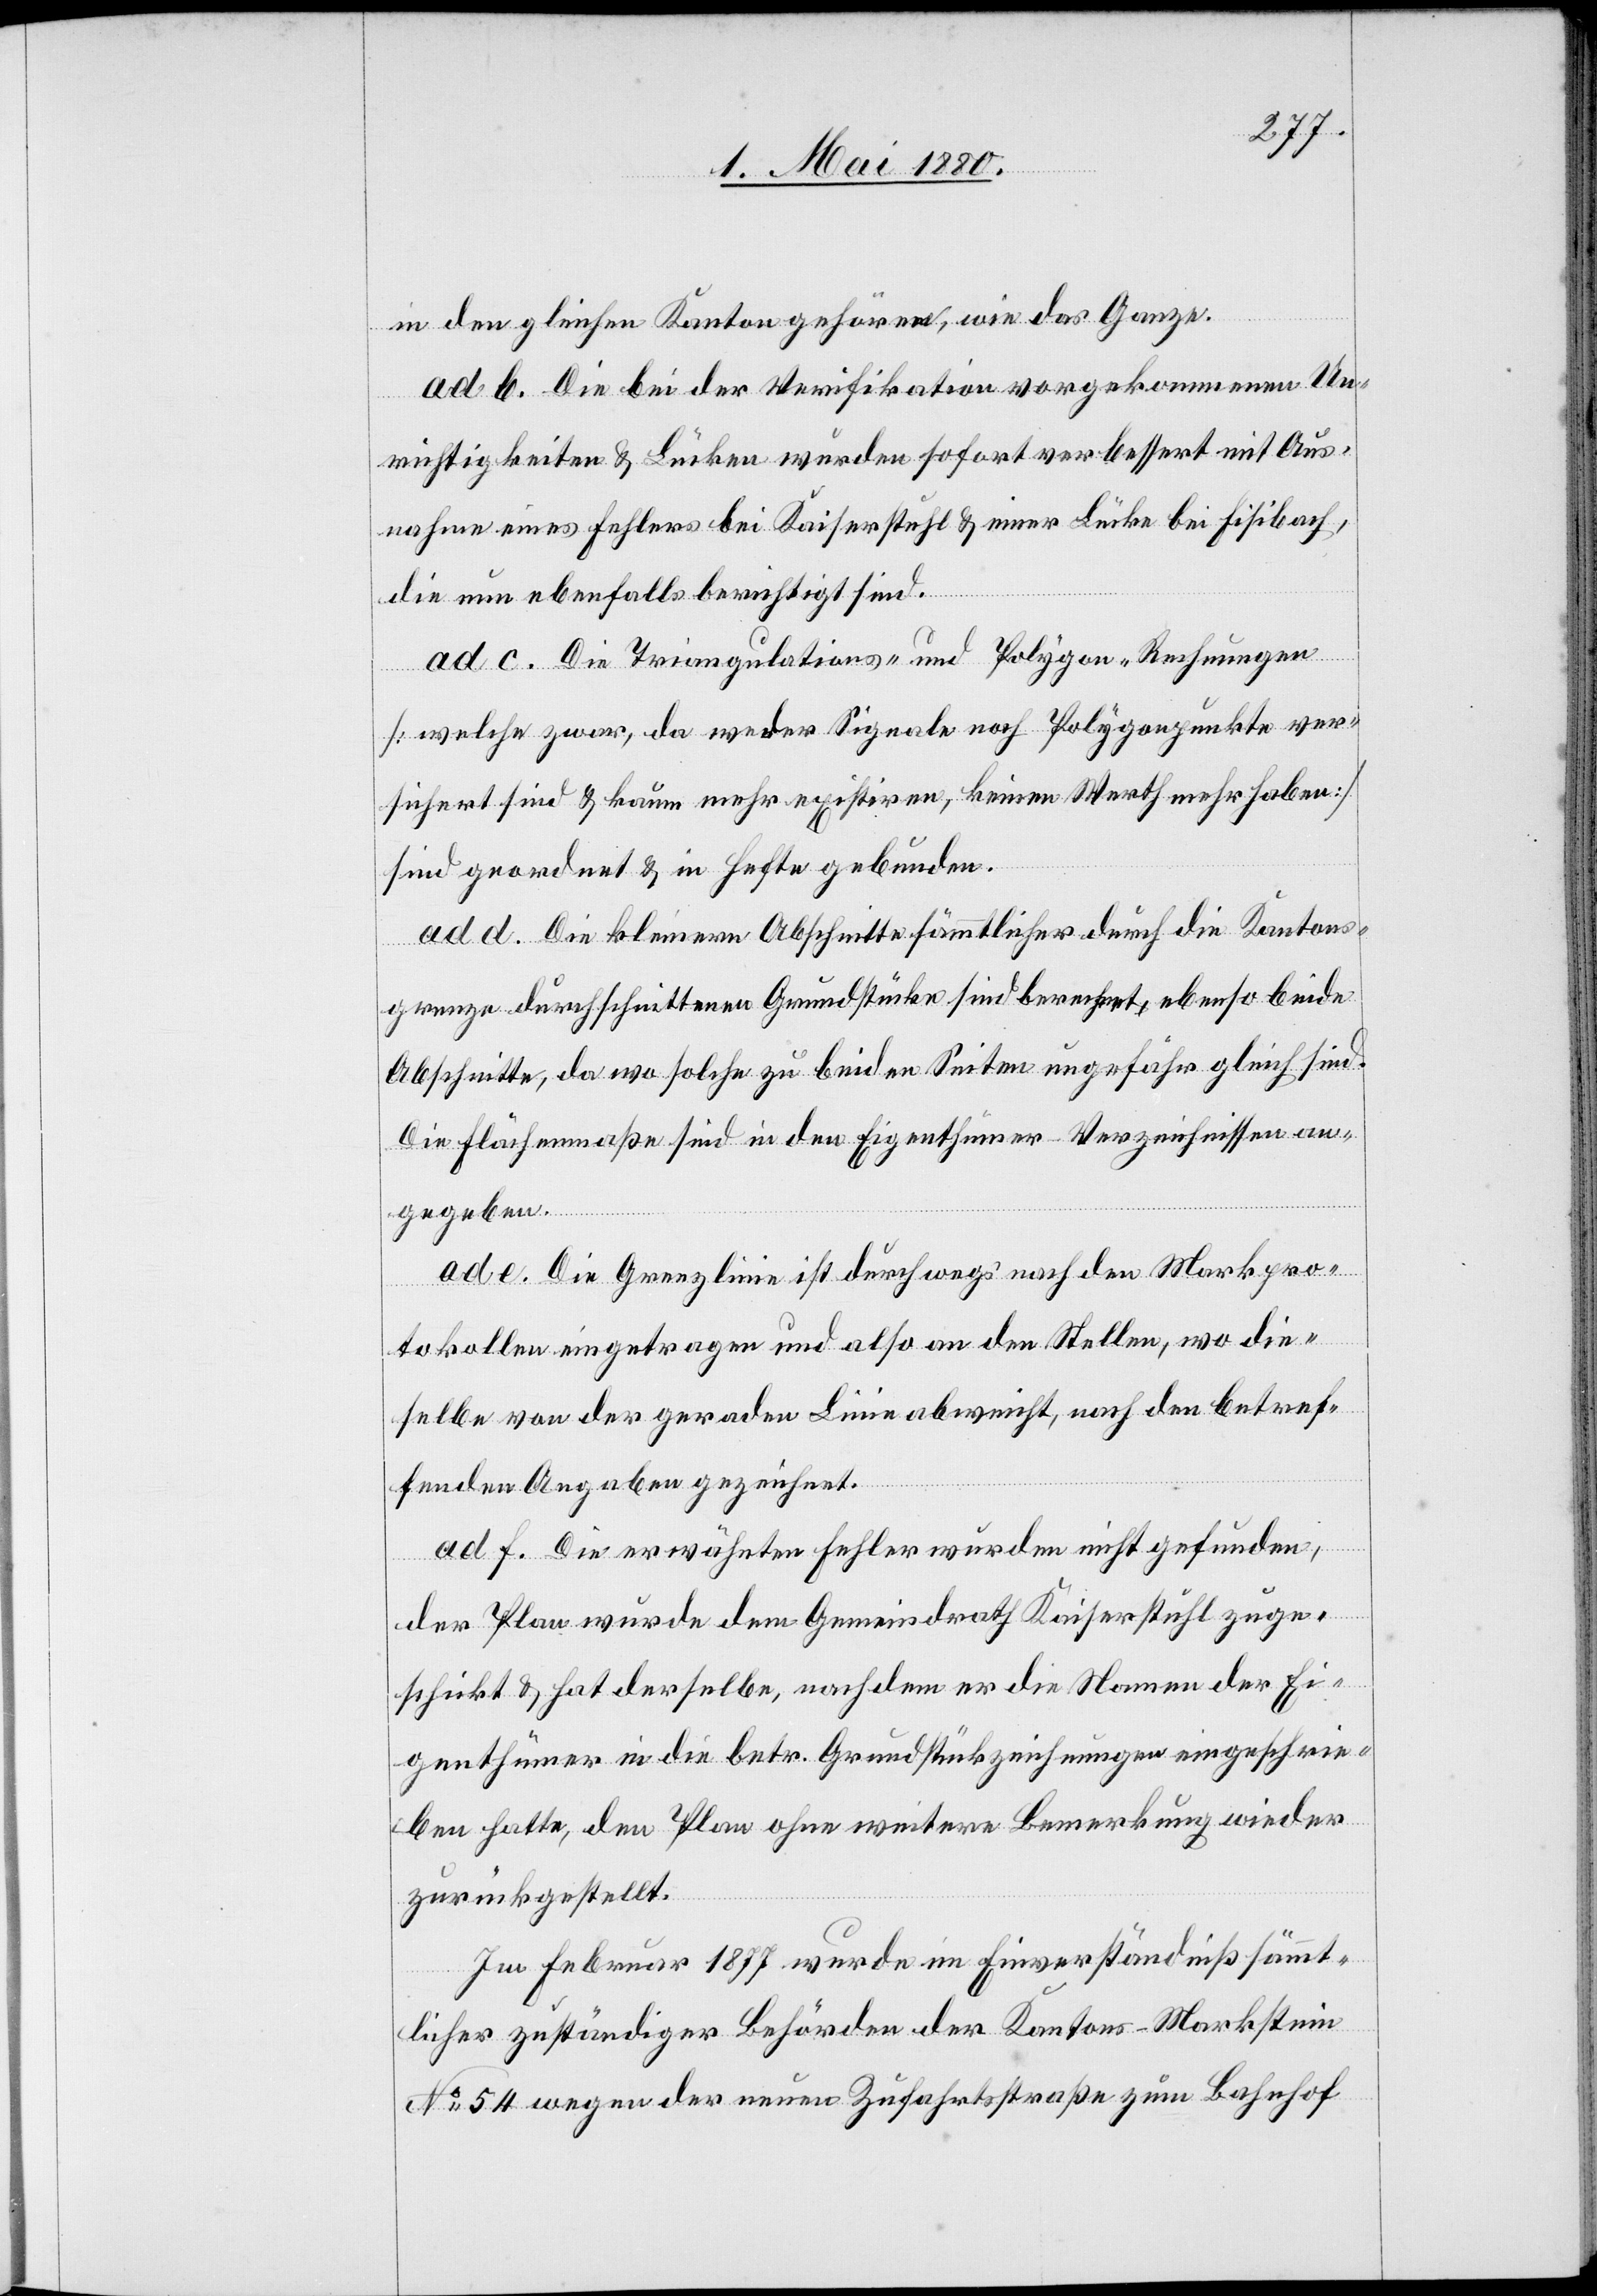
in den gleichen Kanton gehören, wie das Ganze.
ad b. Die bei der Verifikation vorgekommenen Un¬
richtigkeiten & Lücken wurden sofort verbessert mit Aus¬
nahme eines Fehlers bei Kaiserstuhl & einer Lücke bei Fisibach,
die nun ebenfalls berichtigt sind.
ad c. Die Triangulations- und Polygon-Rechnungen
[welche zwar, da weder Signale noch Polygonpunkte ver¬
zeichnet sind & kaum mehr existiren, keinen Werth mehr haben]
sind geordnet & in Hefte gebunden.
ad d. Die kleinern Abschnitte sämmtlicher durch die Kantons¬
grenze durchschnittenen Grundstücke sind berechnet, ebenso beide
Abschnitte, da wo solche zu beiden Seiten ungefähr gleich sind.
Die Flächenmaße sind in den Eigenthümer-Verzeichnissen an¬
gegeben.
ad e. Die Grenzlinie ist durchwegs nach den Markpro¬
tokollen eingetragen und also an den Stellen, wo die¬
selbe von der geraden Linie abweicht, nach den betref¬
fenden Angaben gezeichnet.
ad f. Die erwähnten Fehler wurden nicht gefunden,
der Plan wurde dem Gemeindrath Kaiserstuhl zuge¬
schickt & hat derselbe, nachdem er die Namen der Ei¬
genthümer in die betr. Grundstückzeichnungen eingeschrie¬
ben hatte, den Plan ohne weitere Bemerkung wieder
zurückgestellt.
Im Februar 1877 wurde im Einverständniß sämmt¬
licher zuständiger Behörden der Kantons-Markstein
No 54 wegen der neuen Zufahrtsstraße zum Bahnhof